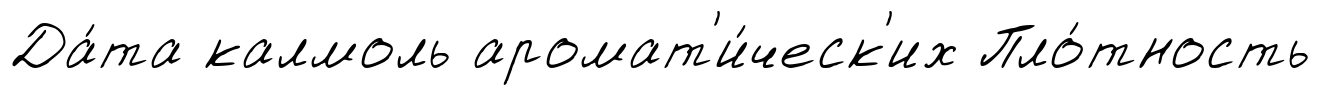
Да́та калмоль аромат'и́ческ'их Пло́тность